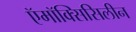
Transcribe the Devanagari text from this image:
ऍमॉक्सिसिलीन